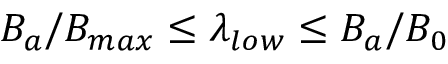
B _ { a } / B _ { m a x } \leq \lambda _ { l o w } \leq B _ { a } / B _ { 0 }